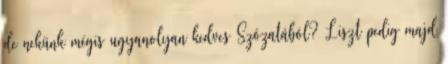
de nekünk mégis ugyanolyan kedves Szózatából? Liszt pedig majd